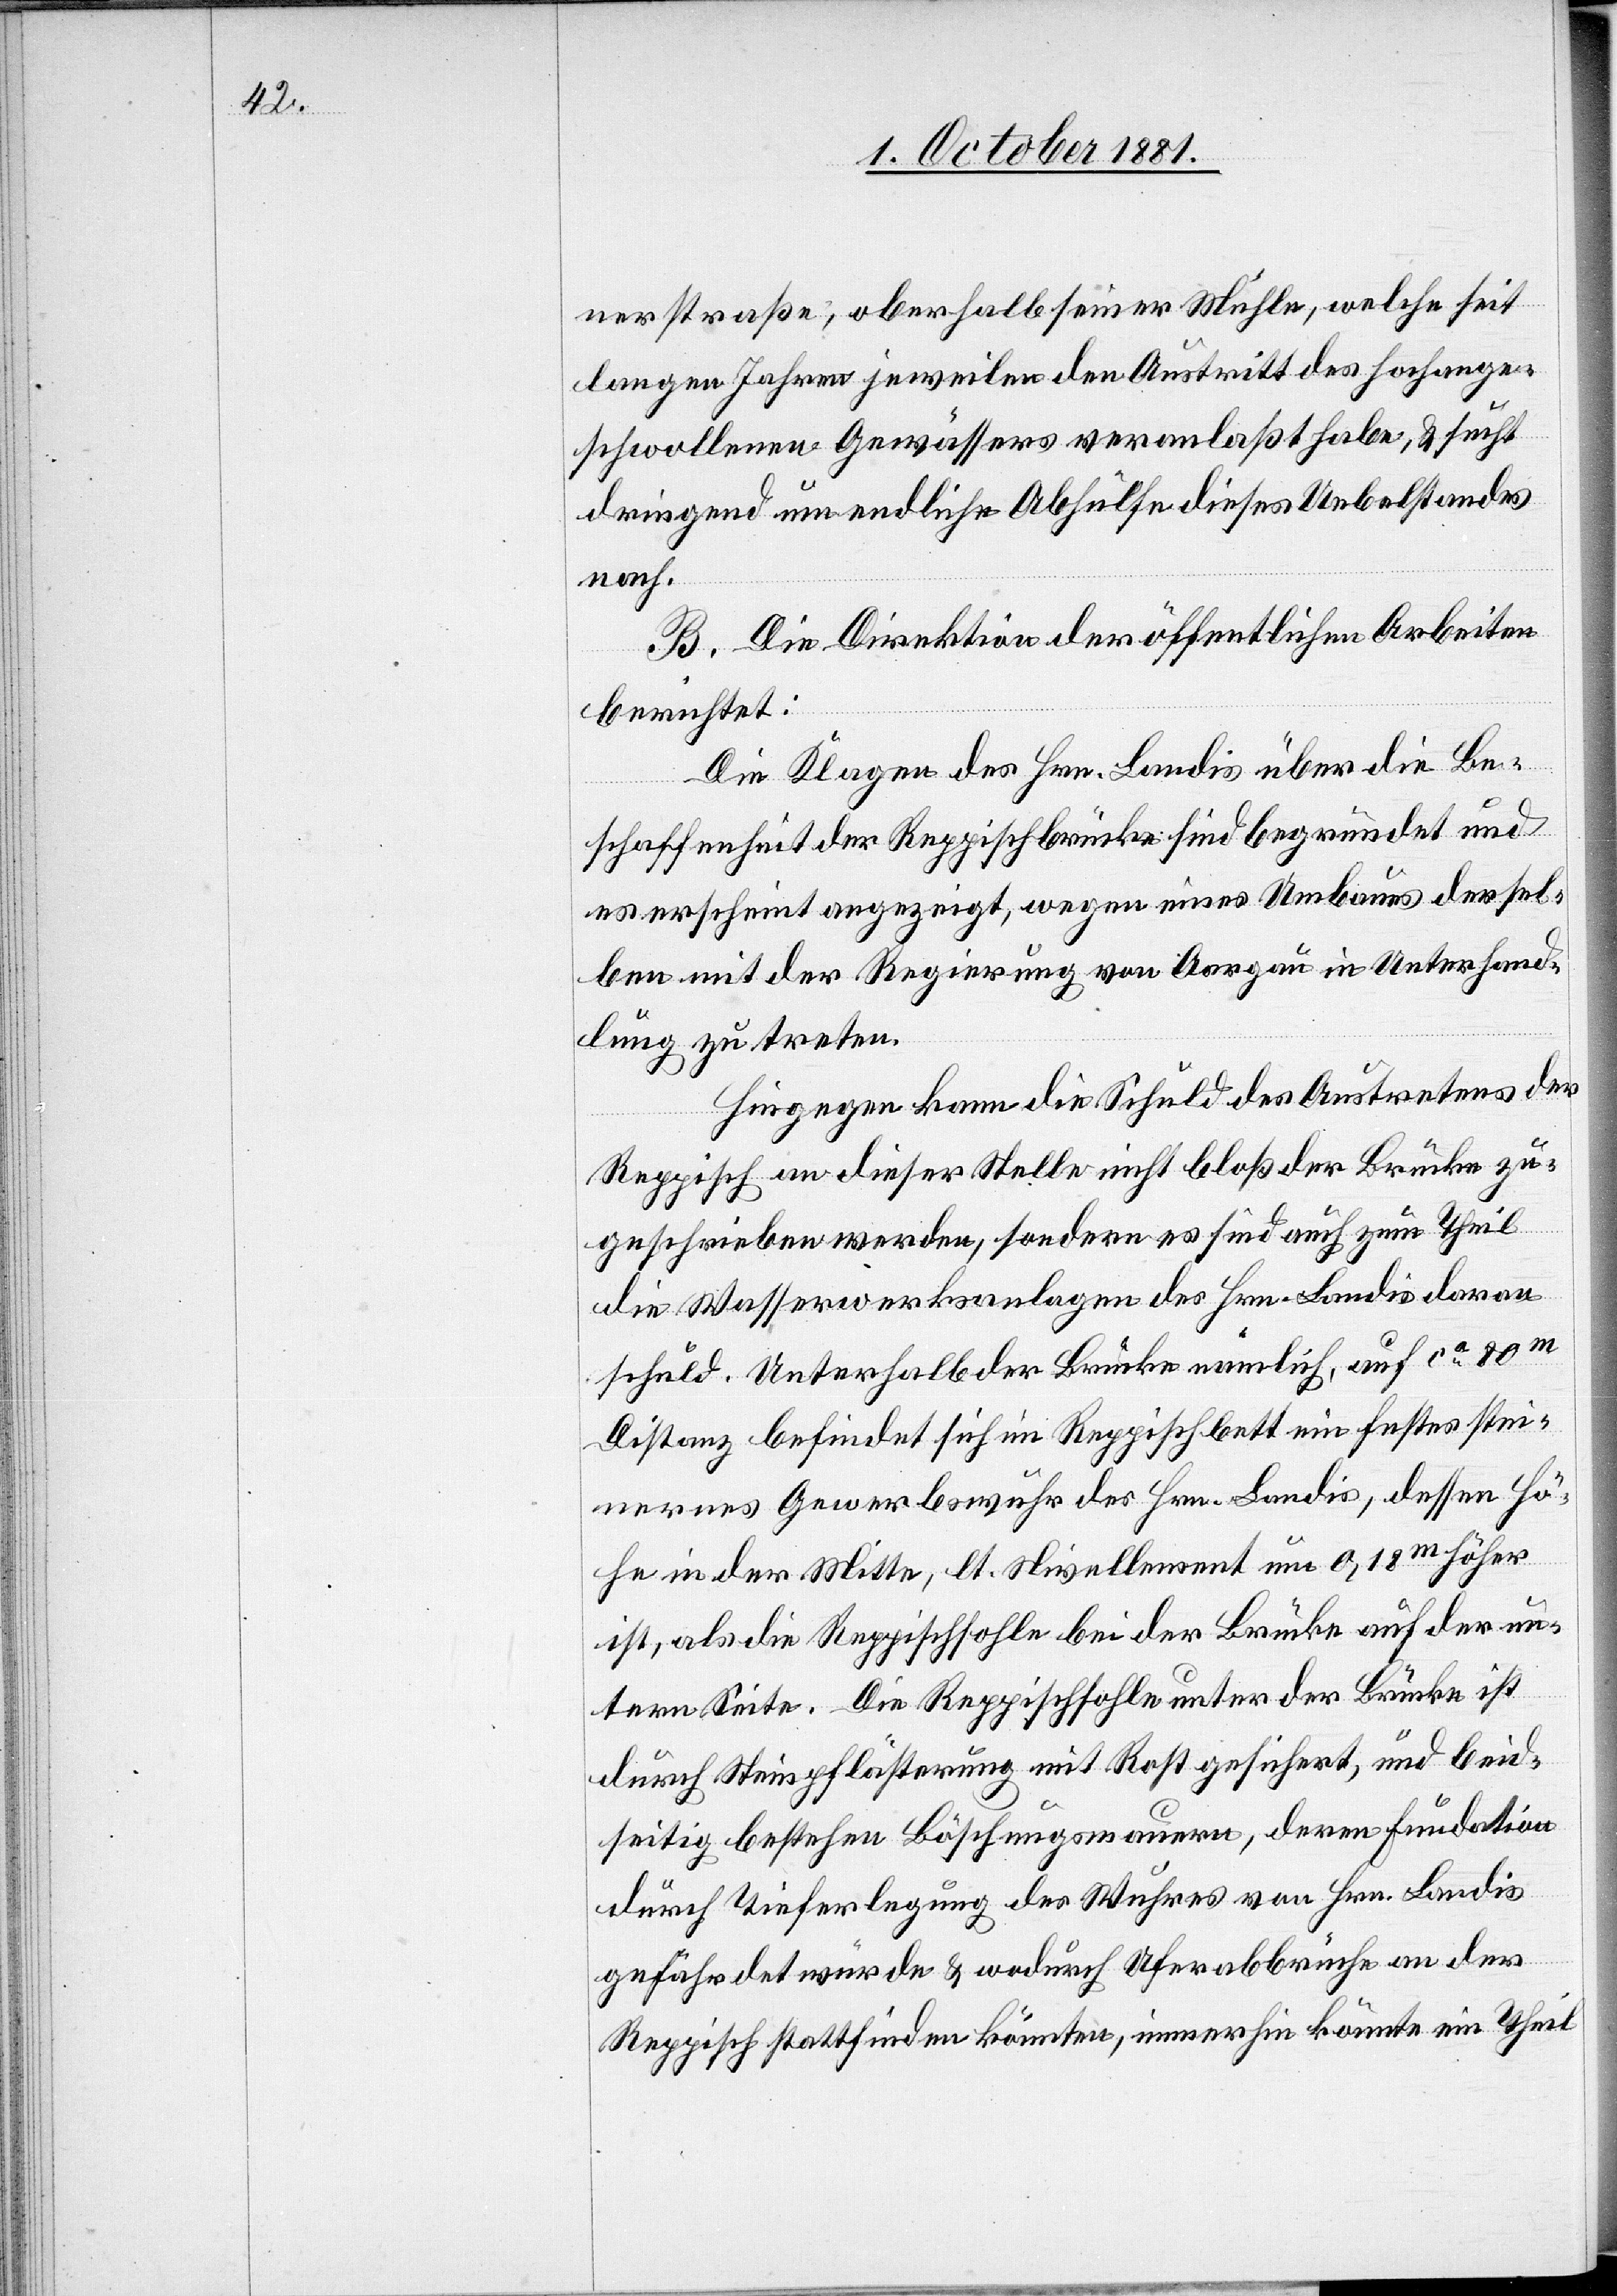
nerstraße; oberhalb seiner Mühle, welche seit
langen Jahren jeweilen den Austritt des hochange¬
schwollenen Gewässers veranlaßt habe, & sucht
dringend um endliche Abhülfe dieses Uebelstandes
nach.
B. Die Direktion der öffentlichen Arbeiten
berichtet:
Die Klagen des Hrn. Landis über die Be¬
schaffenheit der Reppischbrücke sind begründet und
es erscheint angezeigt, wegen eines Umbaues dersel¬
ben mit der Regierung von Aargau in Unterhand¬
lung zu treten.
Hingegen kann die Schuld des Austretens der
Reppisch an dieser Stelle nicht bloß der Brücke zu¬
geschrieben werden, sondern es sind auch zum Theil
die Wasserwerksanlagen des Hrn. Landis daran
schuld. Unterhalb der Brücke nämlich, auf ca 80m
Distanz befindet sich im Reppischbett ein festes stei¬
nernes Gewerbswuhr des Hrn. Landis, dessen Hö¬
he in der Mitte, lt. Nivellement um 0,18m höher
ist, als die Reppischsohle bei der Brücke auf der un¬
tern Seite. Die Reppischsohle unter der Brücke ist
durch Steinpflästerung mit Rost gesichert, und beid¬
seitig bestehen Böschungsmauern, deren Fundation
durch Tieferlegung des Wuhres von Hrn. Landis
gefährdet würde & wodurch Uferabbrüche an der
Reppisch stattfinden könnten, immerhin könnte ein Theil